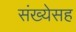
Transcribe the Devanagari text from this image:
संख्येसह